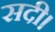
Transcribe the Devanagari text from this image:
सदी।